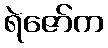
ရဲဇော်က